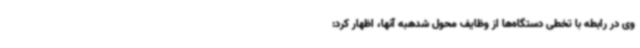
وی در رابطه با تخطی دستگاه‌ها از وظایف محول شدهبه آنها، اظهار کرد: